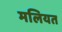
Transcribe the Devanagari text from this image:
मलियत